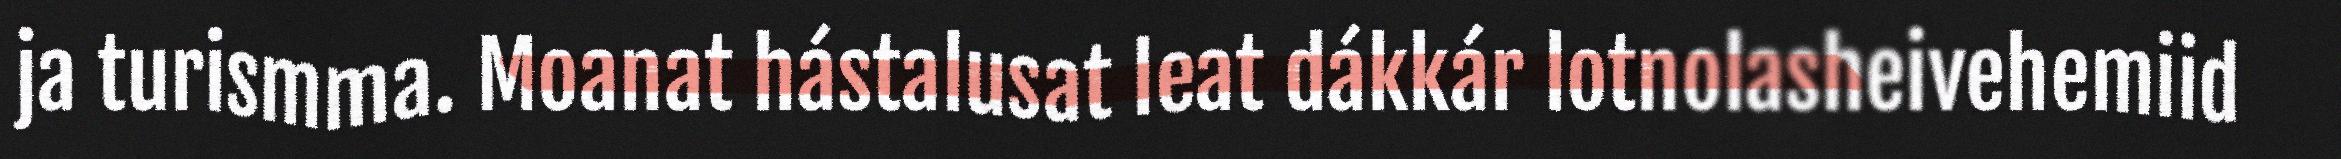
ja turismma. Moanat hástalusat leat dákkár lotnolasheivehemiid